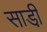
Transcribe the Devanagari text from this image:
साडी़